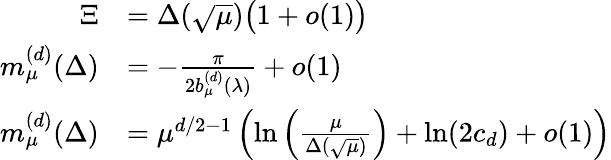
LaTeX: \begin{array}{rl}{\Xi}&{=\Delta(\sqrt{\mu})\big(1+o(1)\big)}\\ {m_{\mu}^{(d)}(\Delta)}&{=-\frac{\pi}{2b_{\mu}^{(d)}(\lambda)}+o(1)}\\ {m_{\mu}^{(d)}(\Delta)}&{=\mu^{d/2-1}\left(\ln\left(\frac{\mu}{\Delta(\sqrt{\mu})}\right)+\ln(2c_{d})+o(1)\right)}\end{array}